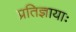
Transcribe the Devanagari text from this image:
प्रतिज्ञायाः